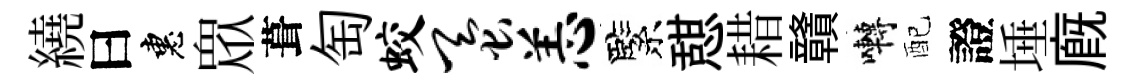
繞曰惠衆葺匋蛟蚕恙緊憇耤贛囀配證埵廐